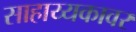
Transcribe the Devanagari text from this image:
साहाय्यकावर